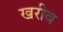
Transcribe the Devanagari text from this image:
खरीव